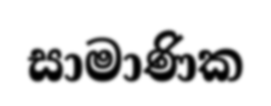
සාමාණික